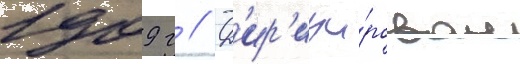
1909 г // Д'ир'ижи́ровал